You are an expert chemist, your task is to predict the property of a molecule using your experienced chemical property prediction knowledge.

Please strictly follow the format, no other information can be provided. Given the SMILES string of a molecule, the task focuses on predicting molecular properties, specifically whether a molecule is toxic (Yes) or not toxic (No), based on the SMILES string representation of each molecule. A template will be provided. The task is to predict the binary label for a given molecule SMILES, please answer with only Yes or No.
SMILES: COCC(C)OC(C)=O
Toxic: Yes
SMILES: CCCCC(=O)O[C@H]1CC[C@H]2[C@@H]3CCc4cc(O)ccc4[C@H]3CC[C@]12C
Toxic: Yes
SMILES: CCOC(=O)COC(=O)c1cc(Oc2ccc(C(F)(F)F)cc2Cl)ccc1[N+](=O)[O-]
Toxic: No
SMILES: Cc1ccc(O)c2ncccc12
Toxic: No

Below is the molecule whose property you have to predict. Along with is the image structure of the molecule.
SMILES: CCn1cc(C(=O)O)c(=O)c2cc3c(cc21)OCO3
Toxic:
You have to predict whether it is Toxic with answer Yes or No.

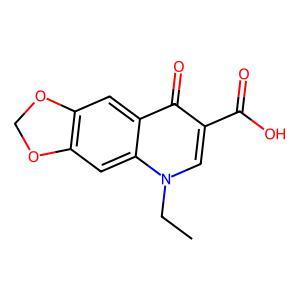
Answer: No